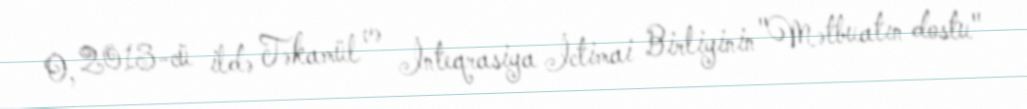
O, 2013-cü ildə Təkamül və İnteqrasiya İctimai Birliyinin "Mətbuatın dostu"